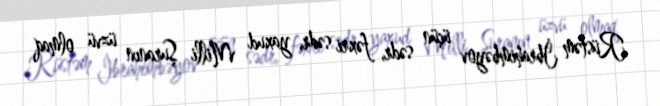
Rüstəm İbrahimbəyov üçün sədr, fəxri sədr, yaxud Milli Şuranın üzvü olmaq